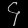
Digit: ၄